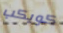
كويكب